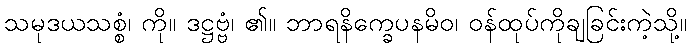
သမုဒယသစ္စံ၊ ကို။ ဒဋ္ဌဗ္ဗံ၊ ၏။ ဘာရနိက္ခေပနမိဝ၊ ဝန်ထုပ်ကိုချခြင်းကဲ့သို့။